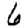
Digit: 6